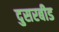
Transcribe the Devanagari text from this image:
दुसरबीड